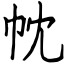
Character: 帎